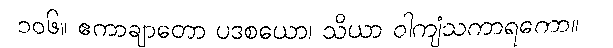
၁၀၆။ ဧကာချာတော ပဒစယော၊ သိယာ ဝါကျံသကာရကော။